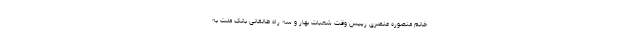
خانم منصوره عنصری رییس وقت شعبات بهار و سه راه طالقانی بانک ملت به